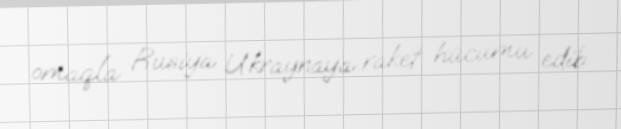
omaqla Rusiya Ukraynaya raket hücumu edib.